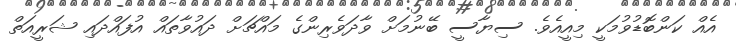
އެއް ކަންބޮޑުވުމަކީ މިއީއެވެ. ސިޔާސީ ބޭނުމަށް ވާދަވެރިންގެ މައްޗަށް ދައުވާތައް އުފައްދައި ޝަރީއަތް